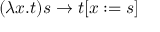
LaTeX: ( \lambda x . t ) s \to t [ x : = s ]